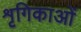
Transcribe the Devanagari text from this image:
शृगिकाओं